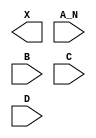
module sky130_fd_sc_hd__and4b (
    X  ,
    A_N,
    B  ,
    C  ,
    D
);

    output X  ;
    input  A_N;
    input  B  ;
    input  C  ;
    input  D  ;

    // Voltage supply signals
    supply1 VPWR;
    supply0 VGND;
    supply1 VPB ;
    supply0 VNB ;

endmodule